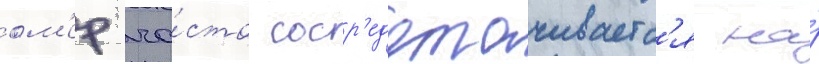
ом'ер ча́сто соср'едотачиваетс'я на́